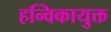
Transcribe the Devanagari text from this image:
हन्विकायुक्त